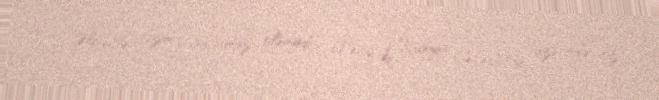
- Əlbəttə, bizim gücümüz olsaydı... Necə ki, Rusiya Çeçenistan üzərində öz